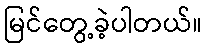
မြင်တွေ့ခဲ့ပါတယ်။